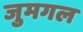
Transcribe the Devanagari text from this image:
जुमगल